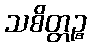
သစိတ္တဉ္စ